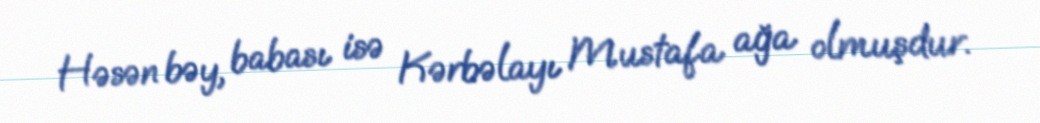
Həsən bəy, babası isə Kərbəlayı Mustafa ağa olmuşdur.